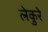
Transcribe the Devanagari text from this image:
लेकुरे